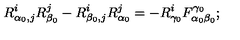
R _ { \alpha _ { 0 } , j } ^ { i } R _ { \beta _ { 0 } } ^ { j } - R _ { \beta _ { 0 } , j } ^ { i } R _ { \alpha _ { 0 } } ^ { j } = - R _ { \gamma _ { 0 } } ^ { i } F _ { \alpha _ { 0 } \beta _ { 0 } } ^ { \gamma _ { 0 } } ;